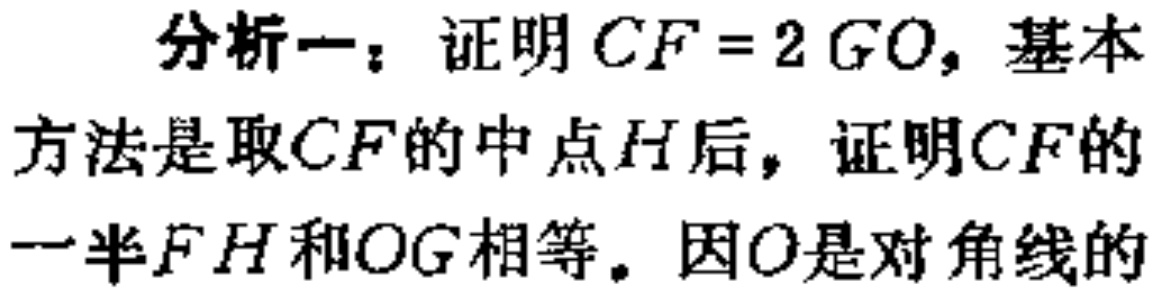
分析一：证明 \(CF = 2GO\)，基本方法是取 \(CF\) 的中点 \(H\) 后，证明 \(CF\) 的一半 \(FH\) 和 \(OG\) 相等。因 \(O\) 是对角线的